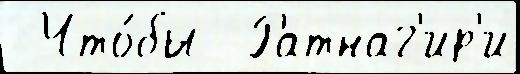
 Что́бы  Ратнаг'ир'и